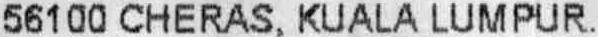
56100 CHERAS, KUALA LUMPUR.